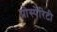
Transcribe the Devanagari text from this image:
प्रोस्पेरिटी